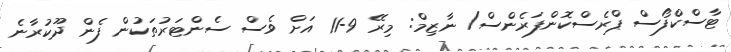
ޓާސްކްފޯސް ޕްރެސްކޮންފަރެންސް/ ނާޒިމް: މިރޭ 9-11 އަށް ވެސް ސެންޓަރުތަކުން ފެން ދޫކުރާނެ